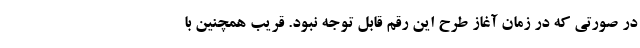
در صورتی که در زمان آغاز طرح این رقم قابل توجه نبود. قریب همچنین با